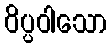
ဝိပ္ပဝါသော